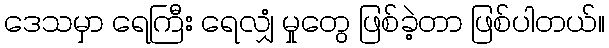
ဒေသမှာ ရေကြီး ရေလျှံ မှုတွေ ဖြစ်ခဲ့တာ ဖြစ်ပါတယ်။